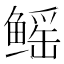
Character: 鳐